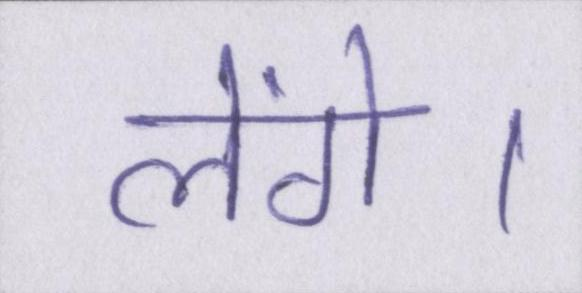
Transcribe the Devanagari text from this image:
लेंगे।